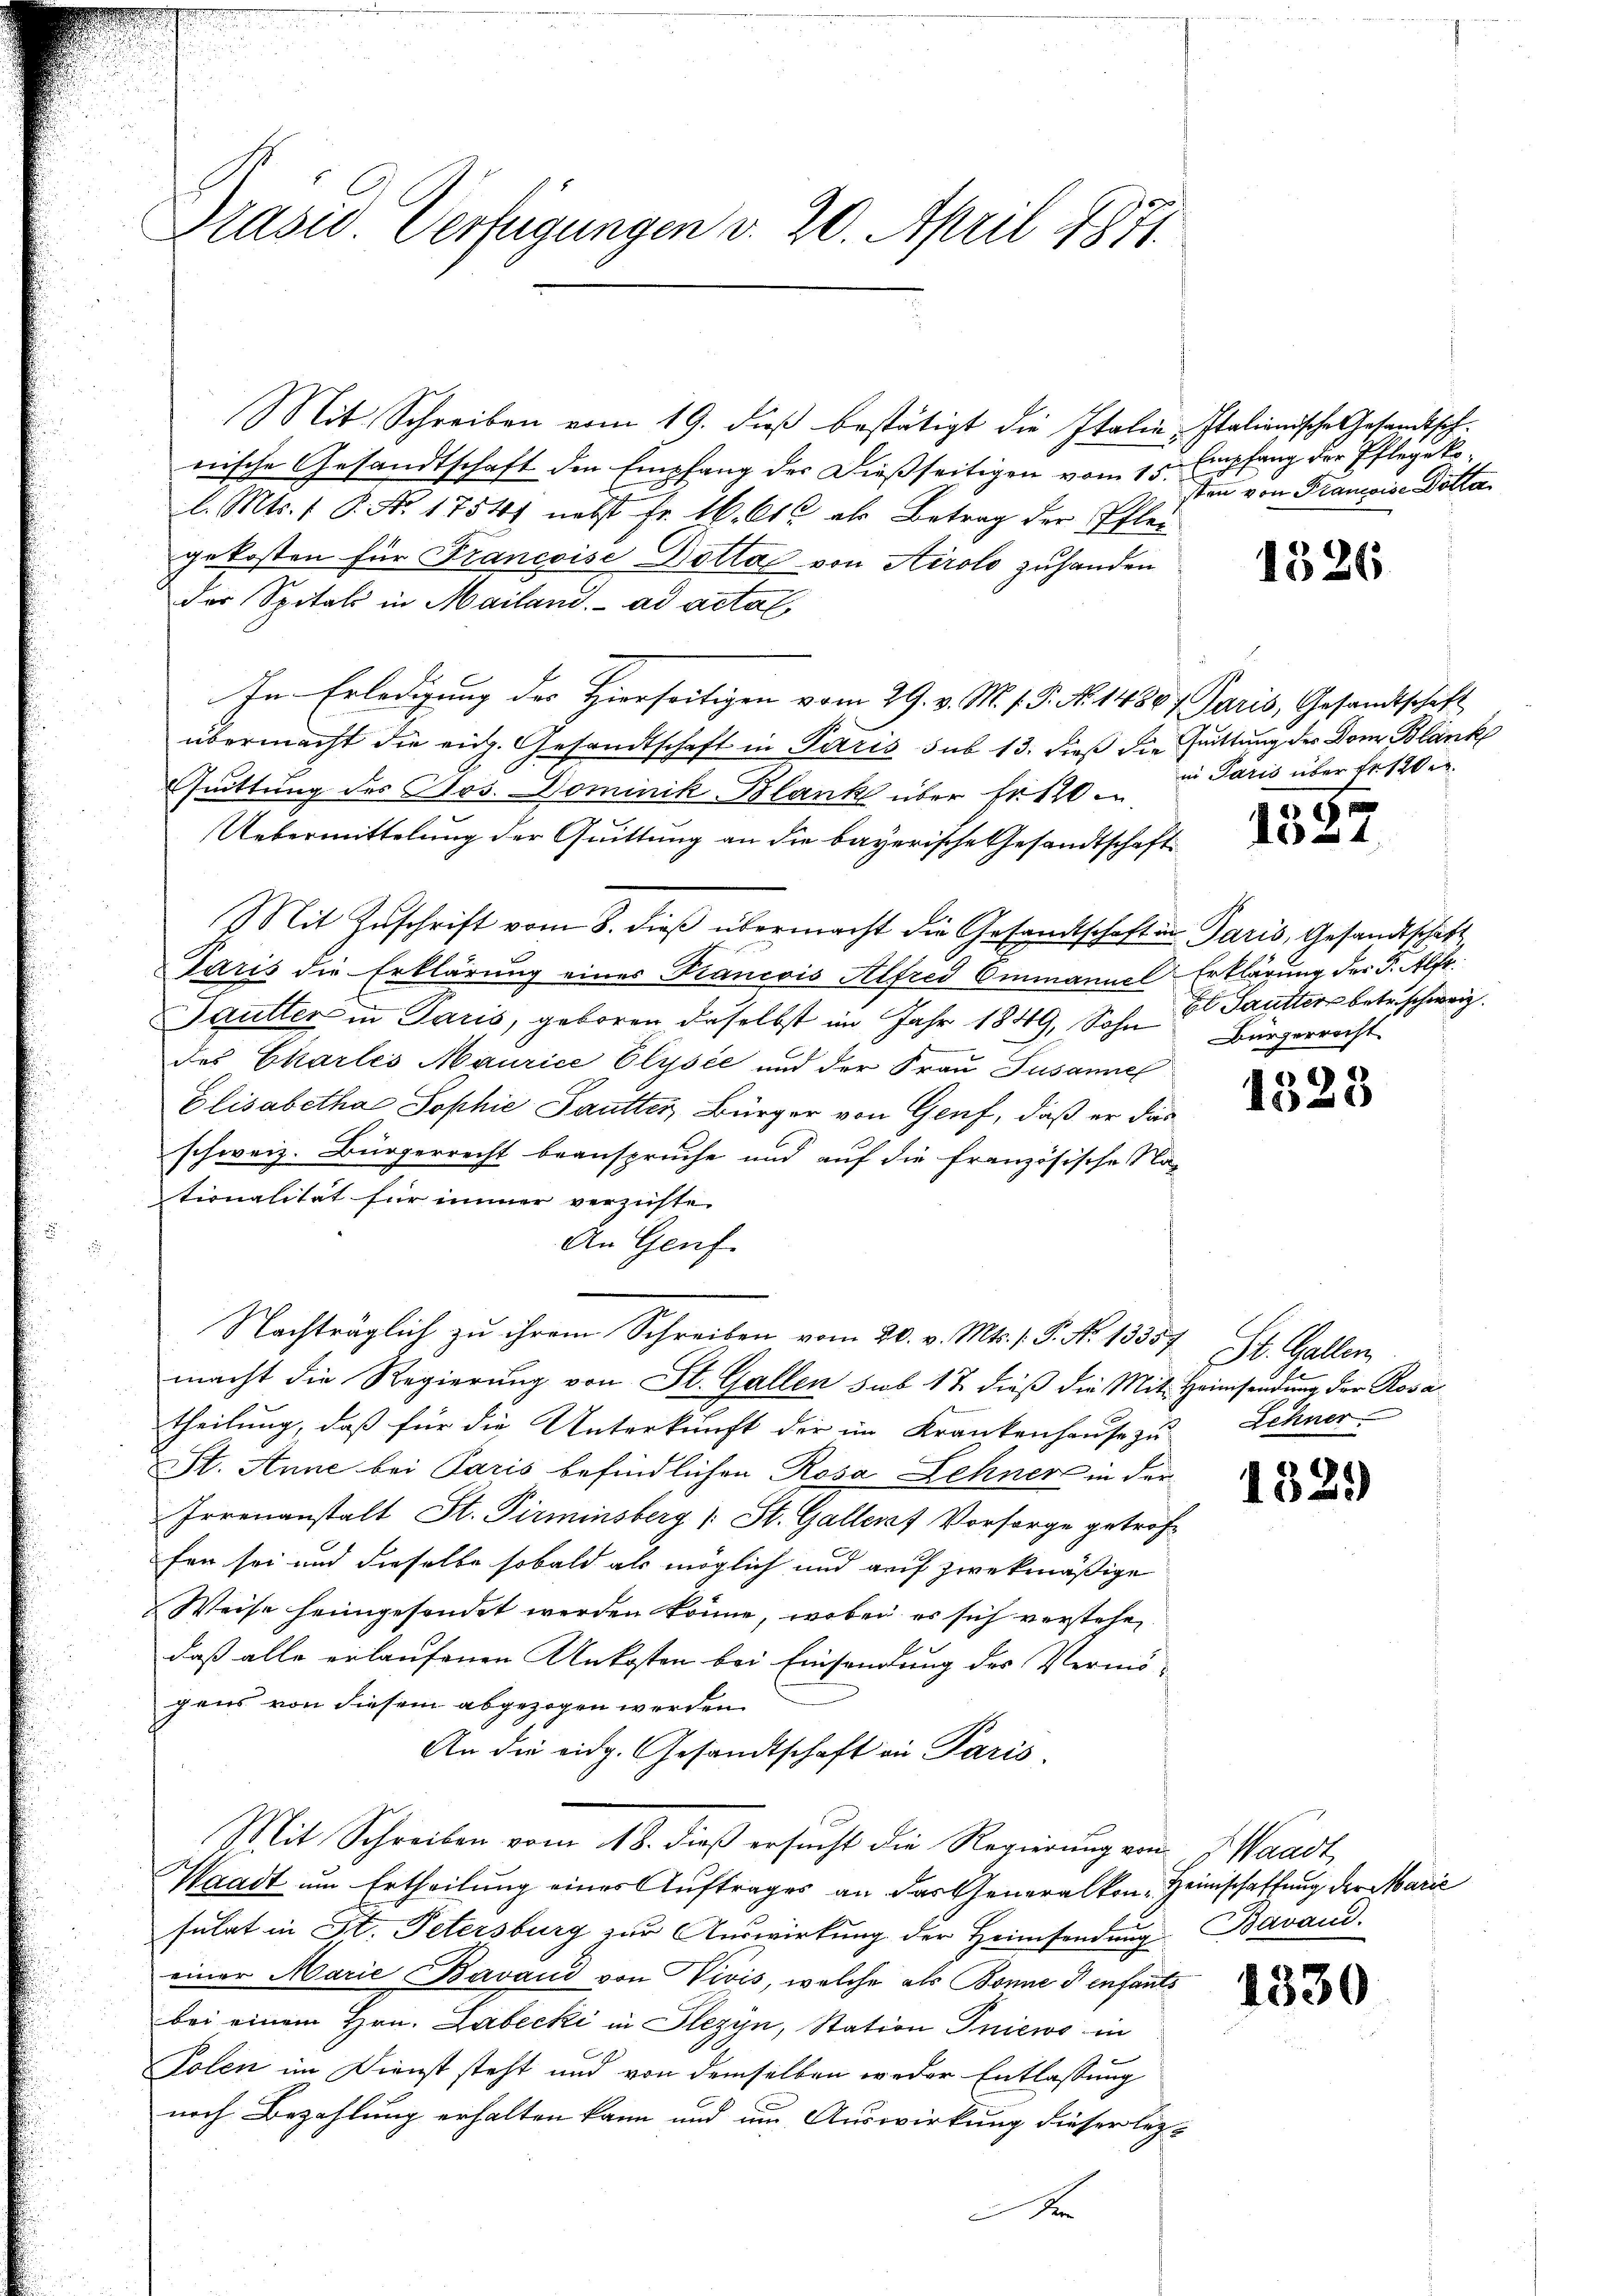
Prasis. Verfügungen v. 20. April 1871.

Mit Schreiben vom 19. dieβ bestätigt die Italin-Italionische Gesandtsch-
nische Gesandtschaft den Empfang der Dießseitigen vom 15.
l. Mts. 1 P. No. 1754) nebst Fr. 16. Cts. als Betrag der Pflei
gekosten für Francoise Dotta von Airolo zuhanden
der Spitals in Mailand. ad actal,
In Erledigung des Hierseitigen vom 29. v. M. h. T. N. 1480 f Paris, Gesandtschaft
übermacht die eidg. Gesandtschaft in Paris sub 13. dieß die Guittung der Dom Blanke
Quittung des Nos. Dominik Blank über fr. 120
Uebermittelung der Quittung an die bayerische Gesandtschaft
Mit Zuschrift vom 8. dieß übermacht die Gesandtschaft in Paris, Gesandtschaft
Paris die Erklärung eines Francois Alfred Emmannel-Erklärung der F. Alfr
Sautter in Paris, geboren, daselbst im Jahr 1849, Sohn Sautters betr. schweiz.
des Charlei Maurice Clysee und der Frau Susannel
Elisabetha Sophie Sautter, Bürger von Genf, daß er das
schweiz. Bürgerrecht beanspruche und auf die französische Na-
tionalität für immer verzüchte.
An Genf.
Nachträglich zu ihrem Schreiben vom 20. v. Mts. /: P. Nr. 13357, St. Gallen,
macht die Regierung von St. Gallen sub 17. dieß die Mit Heimsendung der Rosa
theilung, daß für die Unterkunft der im Krankenhause zu
St. Anne bei Paris befindlichen Rosa Lehner in der
Irrenanstalt St. Pirminsberg (: St. Gallers Vorsorge getroffen sei und dieselbe sobald als möglich und auf zwekmäßige
Weise heimgesondet werden könne, wobei es sich verstehen
daß alle erlaufenen Unkosten bei Einsendung des Vermö-
gens von diesem abgezogen werden.
An die eidg. Gesandtschaft in Paris
Mit Schreiben vom 18. dieß ersucht die Regierung von Waadt,
Waadt um Ertheilung eines Auftrages an das Generalkon-Heimschaffung der Marie
sulat in St. Petersburg zur Auswirkung der Heimsendung Bavand.
einer Marie Bavaud von Vivis, welche als Bonne & enfants
bei einem Hrn. Labecki in Slezyn, Station Iniews in
Polen im Dienst steht und von demselben weder Entlassung
noch Bezahlung erhalten kann und um Auswirkung dieser lezen

Empfang der Pflegekosten von Francoise Dötta

1326

in Paris über Erste

1537

Bürgerricht

6)
A.21)

Zehner

1329)

1330